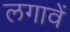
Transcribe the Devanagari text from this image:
लगावें